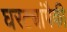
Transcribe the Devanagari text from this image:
घरट्यांपैकी